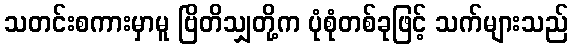
သတင်းစကားမှာမူ ဗြိတိသျှတို့က ပုံစုံတစ်ခုဖြင့် သက်များသည်